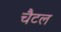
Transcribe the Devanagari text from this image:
चैटल